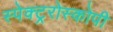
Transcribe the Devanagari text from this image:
स्पेक्ट्ररोस्कोपी